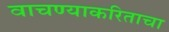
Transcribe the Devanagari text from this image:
वाचण्याकरिताचा